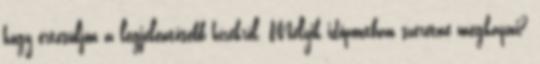
hogy értesüljön a legjelentősebb hírekről. Melyik időpontban szeretné megkapni?